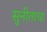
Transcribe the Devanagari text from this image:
सुनीताचा